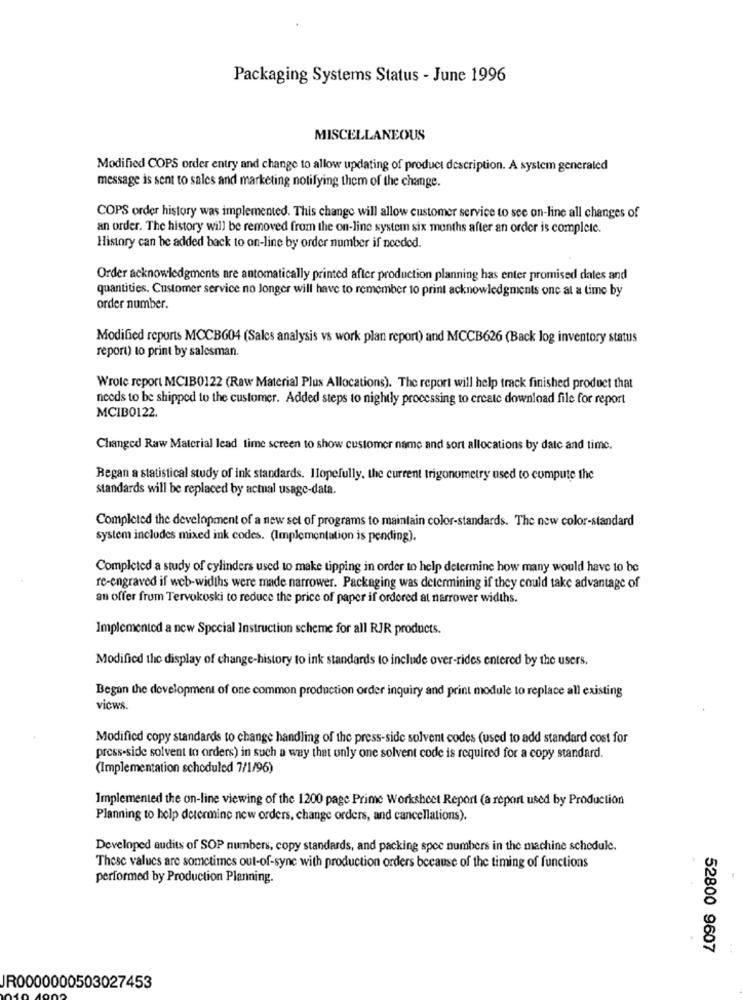
Packaging Systems Status - June 1996
MISCELLANEOUS
Modified COPS order entry and change to allow updating of product description. A system generaled
message is sent to sales and marketing notifying them of the change.
COPS order history was implemented. This change will allow customer service to see on-line all changes of
an order. The history will be removed from the on-line system six months after an order is complete.
History can be added back to on-line by order number if needed.
Order acknowledgments are automatically printed after production planning has enter promised dates and
quantities. Customer service no Jonger will have to remember to print acknowledgments one al a time by
order number.
Modified reports MCCB604 (Sales analysis vs work plan report) and MCCB626 (Back log inventory status
report) to print by salesman.
Wrote report MCIB0122 (Raw Material Plus Allocations). The report will help track finished product that
needs to be shipped to the customer. Added steps to nightly processing to create download file for report
MCIBO122.
Changed Raw Material lead time screen to show customer name and sort allocations by date and time.
Began a statistical study of ink standards. Hopefully, the current trigonometry used to compute the
standards will be replaced by actual usage-data.
Completed the development of a new set of programs to maintain color-standards. The new color-standard
system includes mixed ink codes. (Implementation is pending).
Completed a study of cylinders used to make tipping in order to help determine how many would have to be
re-engraved if web-widths were made narrower. Packaging was determining if they could take advantage of
an offer from Tervokoski to reduce the price of paper if ordered at narrower widths.
Implemented a new Special Instruction scheme for all RJR products.
Modified the display of change-history to ink standards to include over-rides entered by the users.
Began the development of one common production order inquiry and print module to replace all existing
vicws.
Modified copy standards to change handling of the press-side solvent codes (used to add standard cost for
press-side solvent to orders) in such a way that only one solvent code is required for a copy standard.
(Implementation scheduled 7/1/96)
Implemented the on-line viewing of the 1200 page Prime Worksheet Report (a report used by Production
Planning to help determine new orders, change orders, and cancellations).
Developed audits of SOP numbers, copy standards, and packing spee numbers in the machine schedule.
These values are sometimes out-of-sync with production orders because of the timing of functions
performed by Production Planning.
52800 9607
JR0000000503027453